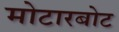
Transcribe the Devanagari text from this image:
मोटारबोट